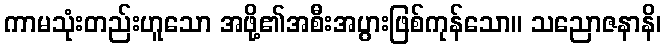
ကာမသုံးတည်းဟူသော အဖို့၏အစီးအပွားဖြစ်ကုန်သော။ သညောဇနာနိ၊